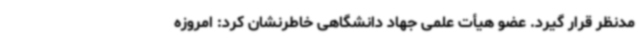
مدنظر قرار گیرد. عضو هیأت علمی جهاد دانشگاهی خاطرنشان کرد: امروزه